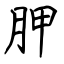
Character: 胛